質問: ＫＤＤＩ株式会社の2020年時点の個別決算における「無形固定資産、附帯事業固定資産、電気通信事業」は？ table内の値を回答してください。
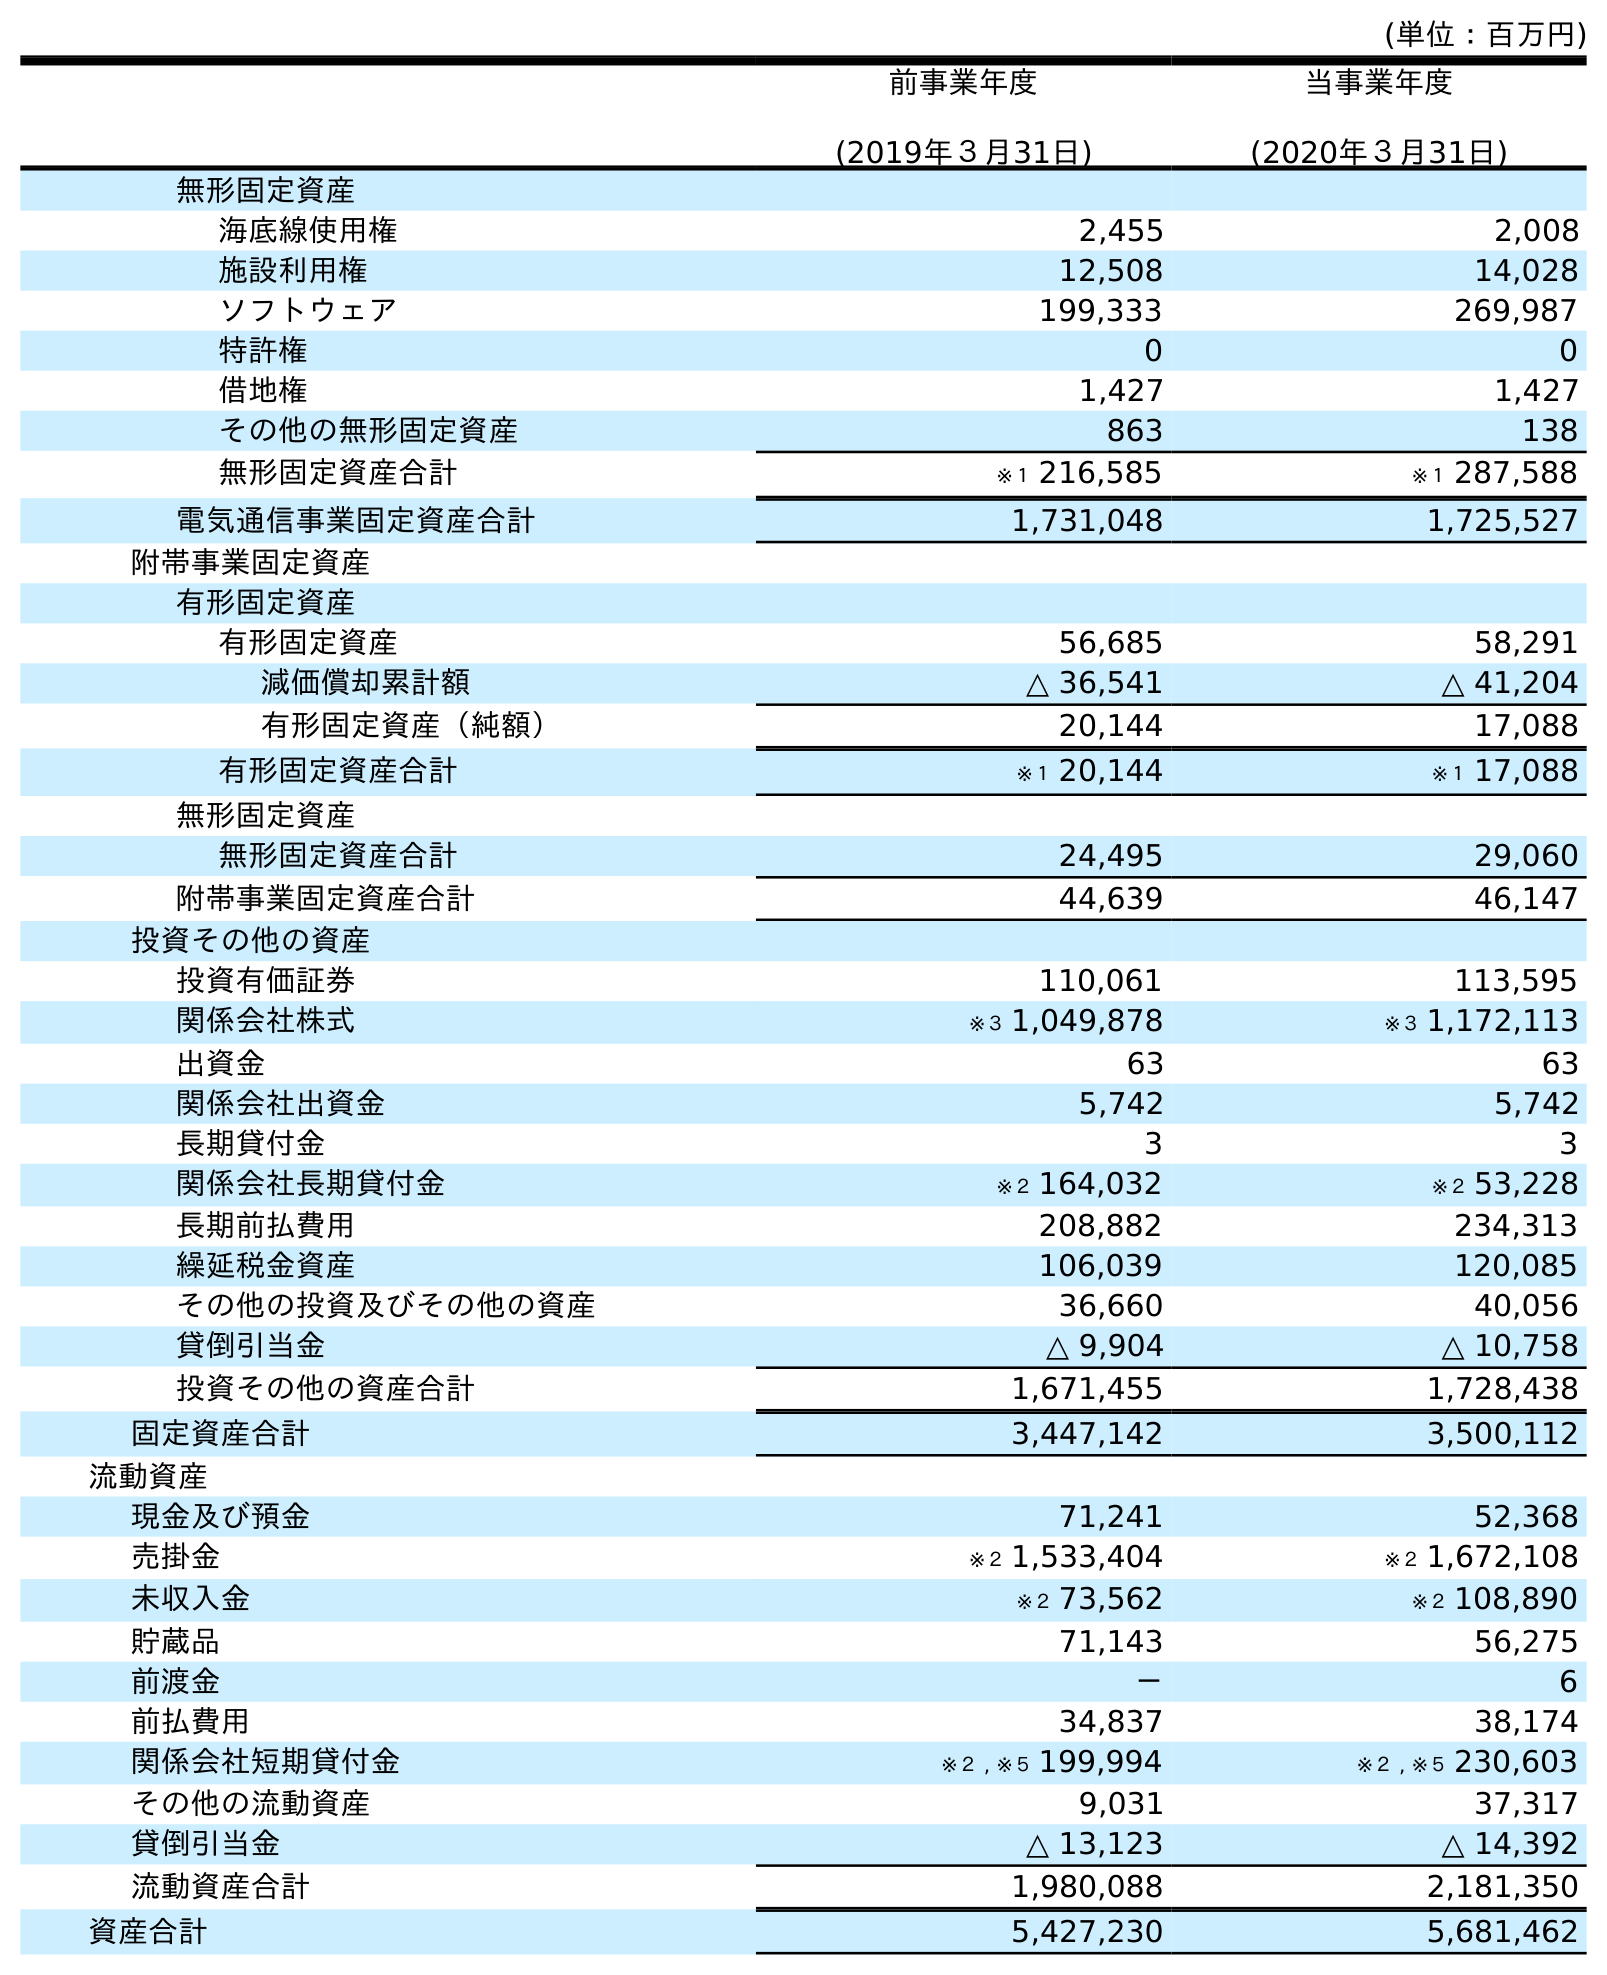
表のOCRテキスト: (単位：百万円) 前事業年度 (2019年３月31日) 当事業年度 (2020年３月31日) 無形固定資産 海底線使用権 2,455 2,008 施設利用権 12,508 14,028 ソフトウェア 199,333 269,987 特許権 0 0 借地権 1,427 1,427 その他の無形固定資産 863 138 無形固定資産合計 ※１ 216,585 ※１ 287,588 電気通信事業固定資産合計 1,731,048 1,725,527 附帯事業固定資産 有形固定資産 有形固定資産 56,685 58,291 減価償却累計額 △ 36,541 △ 41,204 有形固定資産（純額） 20,144 17,088 有形固定資産合計 ※１ 20,144 ※１ 17,088 無形固定資産 無形固定資産合計 24,495 29,060 附帯事業固定資産合計 44,639 46,147 投資その他の資産 投資有価証券 110,061 113,595 関係会社株式 ※３ 1,049,878 ※３ 1,172,113 出資金 63 63 関係会社出資金 5,742 5,742 長期貸付金 3 3 関係会社長期貸付金 ※２ 164,032 ※２ 53,228 長期前払費用 208,882 234,313 繰延税金資産 106,039 120,085 その他の投資及びその他の資産 36,660 40,056 貸倒引当金 △ 9,904 △ 10,758 投資その他の資産合計 1,671,455 1,728,438 固定資産合計 3,447,142 3,500,112 流動資産 現金及び預金 71,241 52,368 売掛金 ※２ 1,533,404 ※２ 1,672,108 未収入金 ※２ 73,562 ※２ 108,890 貯蔵品 71,143 56,275 前渡金 － 6 前払費用 34,837 38,174 関係会社短期貸付金 ※２ , ※５ 199,994 ※２ , ※５ 230,603 その他の流動資産 9,031 37,317 貸倒引当金 △ 13,123 △ 14,392 流動資産合計 1,980,088 2,181,350 資産合計 5,427,230 5,681,462
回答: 29,060